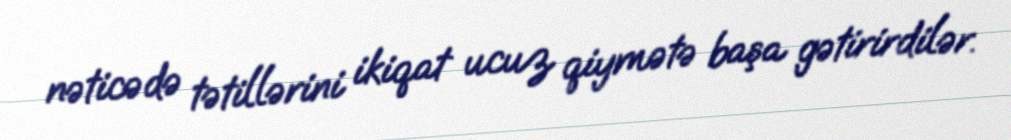
nəticədə tətillərini ikiqat ucuz qiymətə başa gətirirdilər.